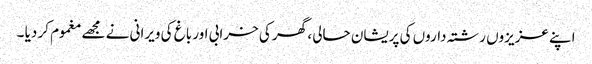
اپنے عزیزوں رشتہ داروں کی پریشان حالی ، گھر کی خرابی اور باغ کی ویرانی نے مجھے مغموم کر دیا ۔